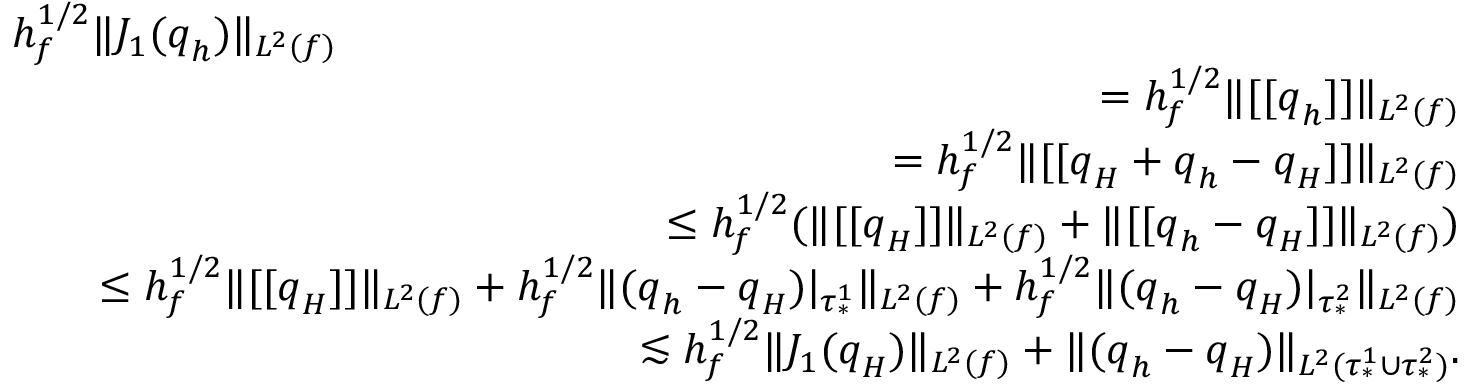
\begin{array} { r l r } { \lefteqn { h _ { f } ^ { 1 / 2 } \| J _ { 1 } ( \boldsymbol { q } _ { h } ) \| _ { L ^ { 2 } ( f ) } } } \\ & { } & { = h _ { f } ^ { 1 / 2 } \| [ [ \boldsymbol { q } _ { h } ] ] \| _ { L ^ { 2 } ( f ) } } \\ & { } & { = h _ { f } ^ { 1 / 2 } \| [ [ \boldsymbol { q } _ { H } + \boldsymbol { q } _ { h } - \boldsymbol { q } _ { H } ] ] \| _ { L ^ { 2 } ( f ) } } \\ & { } & { \leq h _ { f } ^ { 1 / 2 } ( \| [ [ \boldsymbol { q } _ { H } ] ] \| _ { L ^ { 2 } ( f ) } + \| [ [ \boldsymbol { q } _ { h } - \boldsymbol { q } _ { H } ] ] \| _ { L ^ { 2 } ( f ) } ) } \\ & { } & { \leq h _ { f } ^ { 1 / 2 } \| [ [ \boldsymbol { q } _ { H } ] ] \| _ { L ^ { 2 } ( f ) } + h _ { f } ^ { 1 / 2 } \| ( \boldsymbol { q } _ { h } - \boldsymbol { q } _ { H } ) \vert _ { \tau _ { * } ^ { 1 } } \| _ { L ^ { 2 } ( f ) } + h _ { f } ^ { 1 / 2 } \| ( \boldsymbol { q } _ { h } - \boldsymbol { q } _ { H } ) \vert _ { \tau _ { * } ^ { 2 } } \| _ { L ^ { 2 } ( f ) } } \\ & { } & { \lesssim h _ { f } ^ { 1 / 2 } \| J _ { 1 } ( \boldsymbol { q } _ { H } ) \| _ { L ^ { 2 } ( f ) } + \| ( \boldsymbol { q } _ { h } - \boldsymbol { q } _ { H } ) \| _ { L ^ { 2 } ( \tau _ { * } ^ { 1 } \cup \tau _ { * } ^ { 2 } ) } . } \end{array}